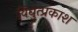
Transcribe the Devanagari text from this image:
विद्युत्प्रकाश